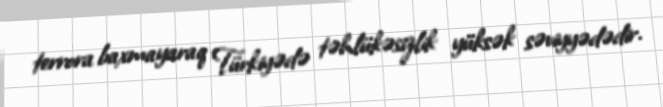
terrora baxmayaraq Türkiyədə təhlükəsizlik yüksək səviyyədədir.